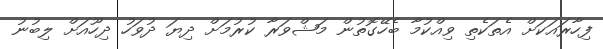
ފިހާރައަކަށް އެތަކެތި ވިއްކުމާ ބެހޭގޮތުން މަޝްވަރާ ކުރުމަށް ދިޔަ ދުވަހު ދިހޫއަށް ލިބުނު